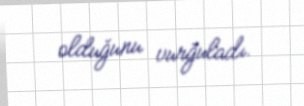
olduğunu vurğuladı.